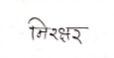
मजकूर: निरक्षर